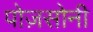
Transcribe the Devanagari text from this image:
पोज़सोनी